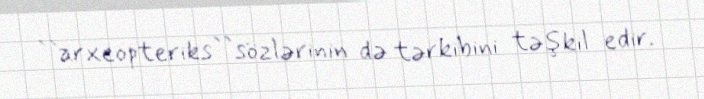
``arxeopteriks``sözlərinin də tərkibini təşkil edir.